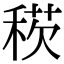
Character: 𥟕